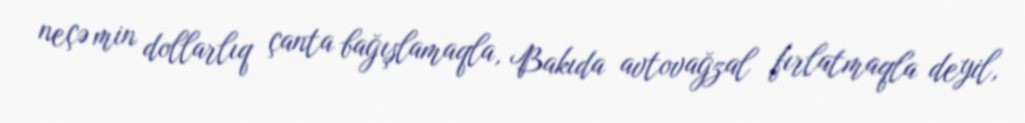
neçə min dollarlıq çanta bağışlamaqla, Bakıda avtovağzal fırlatmaqla deyil,